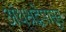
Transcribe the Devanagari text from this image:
अंधश्रद्धेपासून